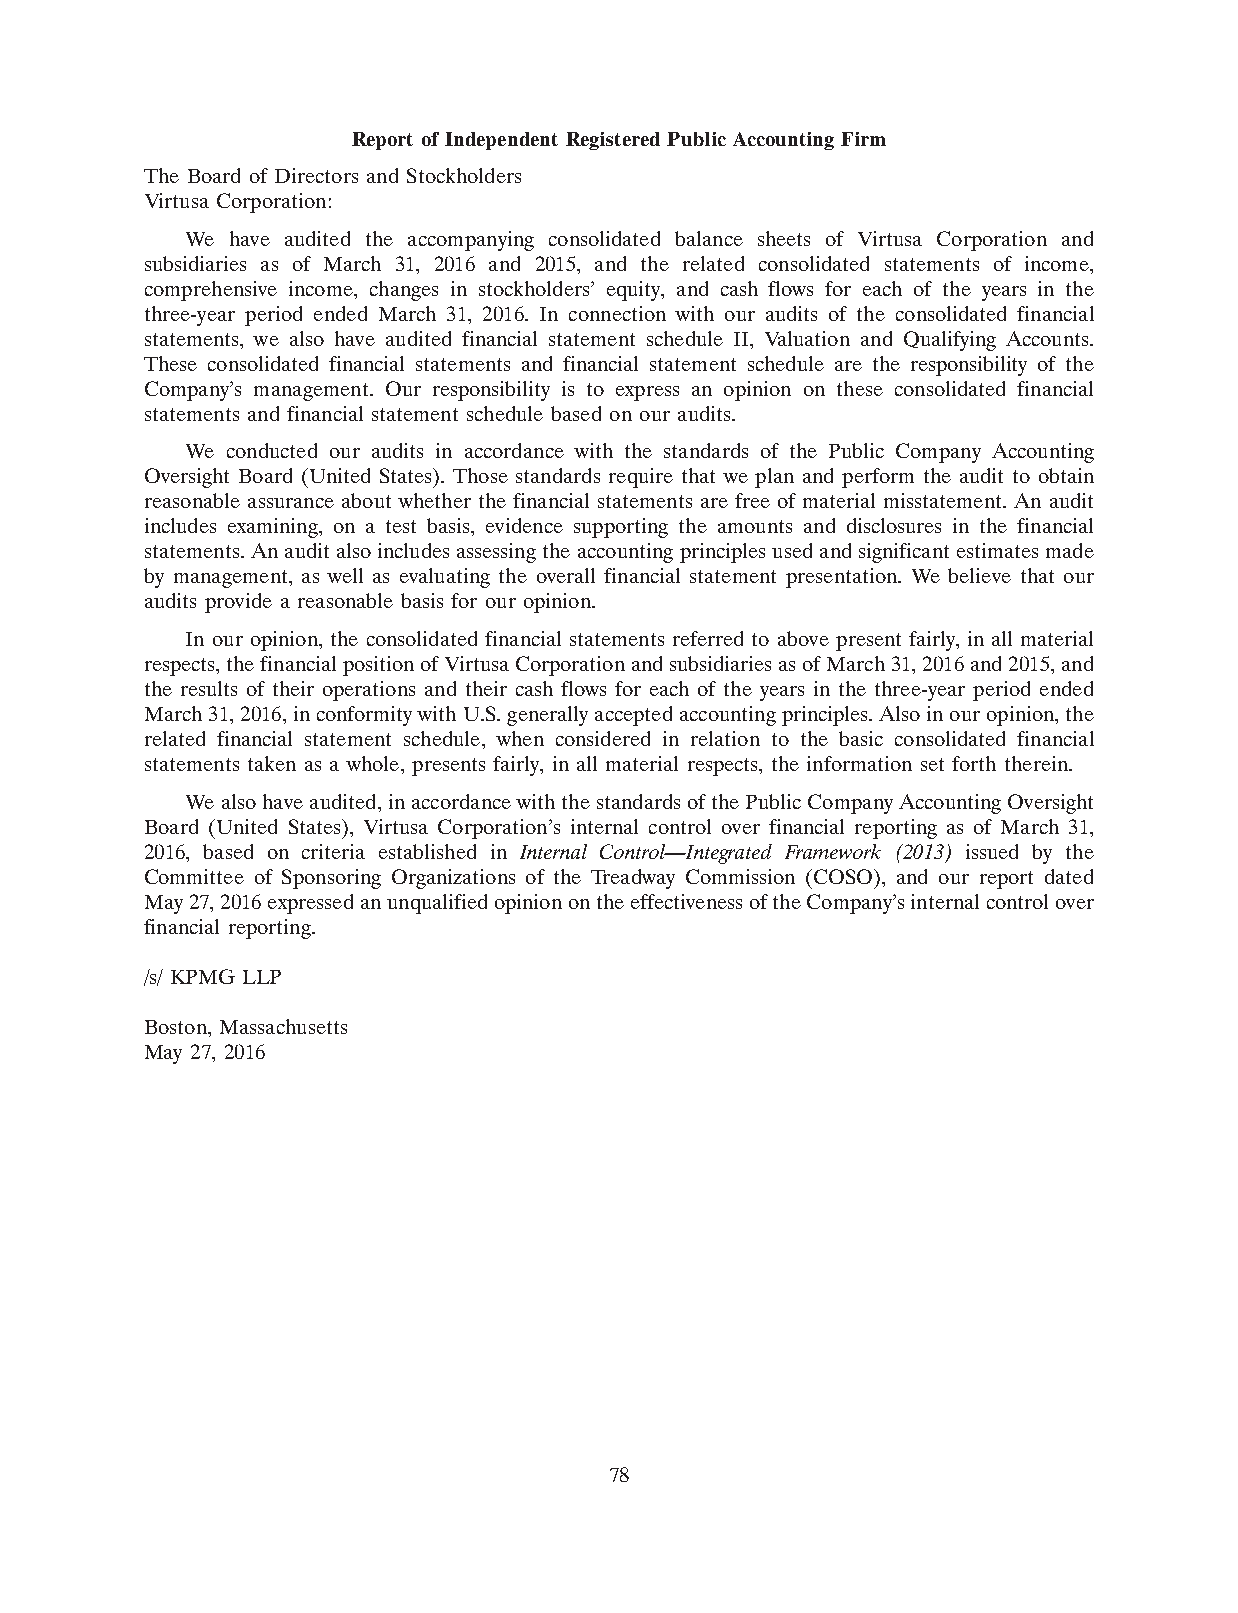
Report of Independent Registered Public Accounting Firm
 The Board of Directors and Stockholders
 Virtusa Corporation:
 We have audited the accompanying consolidated balance sheets of Virtusa Corporation and
 subsidiaries as of March 31, 2016 and 2015, and the related consolidated statements of income,
 comprehensive income, changes in stockholders’ equity, and cash flows for each of the years in the
 three-year period ended March 31, 2016. In connection with our audits of the consolidated financial
 statements, we also have audited financial statement schedule II, Valuation and Qualifying Accounts.
 These consolidated financial statements and financial statement schedule are the responsibility of the
 Company’s management. Our responsibility is to express an opinion on these consolidated financial
 statements and financial statement schedule based on our audits.
 We conducted our audits in accordance with the standards of the Public Company Accounting
 Oversight Board (United States). Those standards require that we plan and perform the audit to obtain
 reasonable assurance about whether the financial statements are free of material misstatement. An audit
 includes examining, on a test basis, evidence supporting the amounts and disclosures in the financial
 statements. An audit also includes assessing the accounting principles used and significant estimates made
 by management, as well as evaluating the overall financial statement presentation. We believe that our
 audits provide a reasonable basis for our opinion.
 In our opinion, the consolidated financial statements referred to above present fairly, in all material
 respects, the financial position of Virtusa Corporation and subsidiaries as of March31, 2016 and 2015, and
 the results of their operations and their cash flows for each of the years in the three-year period ended
 March31, 2016, in conformity with U.S. generally accepted accounting principles. Also in our opinion, the
 related financial statement schedule, when considered in relation to the basic consolidated financial
 statements taken as a whole, presents fairly, in all material respects, the information set forth therein.
 We also have audited, in accordance with the standards of the Public Company Accounting Oversight
 Board (United States), Virtusa Corporation’s internal control over financial reporting as of March 31,
 2016, based on criteria established in Internal Control—Integrated Framework (2013) issued by the
 Committee of Sponsoring Organizations of the Treadway Commission (COSO), and our report dated
 May27, 2016 expressed an unqualified opinion on the effectiveness of the Company’s internal control over
 financial reporting.
 /s/ KPMG LLP
 Boston, Massachusetts
 May 27, 2016
 78